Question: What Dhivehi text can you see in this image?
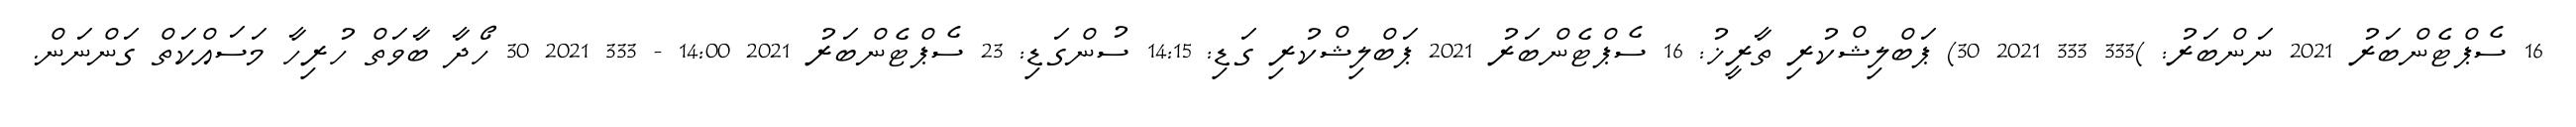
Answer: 16 ސެޕްޓެންބަރު 2021 ނަންބަރު: )333 333 2021 30) ޕަބްލިޝްކުރި ތާރީޚު: 16 ސެޕްޓެންބަރު 2021 ޕަބްލިޝްކުރި ގަޑި: 14:15 ސުންގަޑި: 23 ސެޕްޓެންބަރު 2021 14:00 - 333 2021 30 ހޯދާ ބާވަތް ހުރިހާ މަސައްކަތް ގަންނަން.